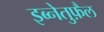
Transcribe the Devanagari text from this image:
इब्नेतुफ़ैल